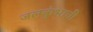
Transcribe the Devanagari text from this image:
जलकुंभाची